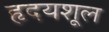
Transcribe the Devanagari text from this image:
हृदयशूल